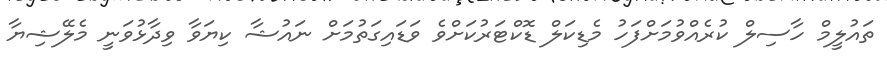
ތައުލީމް ހާސިލް ކުރެއްވުމަށްފަހު މެޑިކަލް ޑޮކްޓަރުކަށްވެ ވަޑައިގަތުމަށް ނައުޝާ ކިޔަވާ ވިދާޅުވަނީ މެލޭޝިޔާ